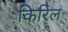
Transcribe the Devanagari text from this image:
किरिल